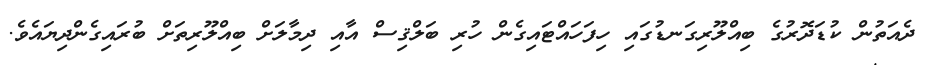
ދެއަތުން ކުޑަދޮރުގެ ބިއްލޫރިގަނޑުގައި ހިފަހައްޓައިގެން ހުރި ބަލްޤިސް އާއި ދިމާލަށް ބިއްލޫރިތަށް ބުރައިގެންދިޔައެވެ.